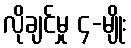
လိုချင်မှု ၄-မျိုး